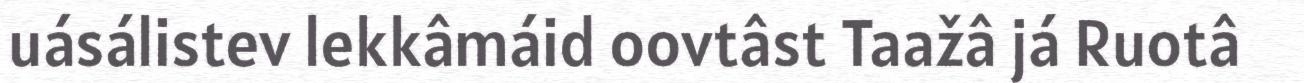
uásálistev lekkâmáid oovtâst Taažâ já Ruotâ